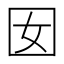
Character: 囡